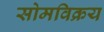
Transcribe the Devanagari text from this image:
सोमविक्रय